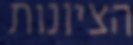
הציונות